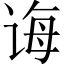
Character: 诲